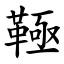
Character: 䩯